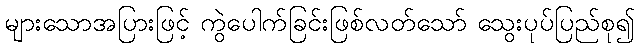
များသောအပြားဖြင့် ကွဲပေါက်ခြင်းဖြစ်လတ်သော် သွေးပုပ်ပြည်စု၍